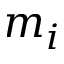
m _ { i }